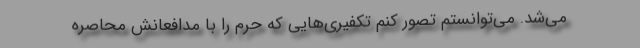
می‌شد. می‌توانستم تصور کنم تکفیری‌هایی که حرم را با مدافعانش محاصره